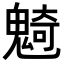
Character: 𩳣